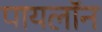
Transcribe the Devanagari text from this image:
पायलॉन